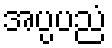
အပ္ပပညံ